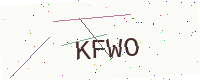
Text: KFWO